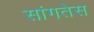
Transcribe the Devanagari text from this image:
सांगतेस